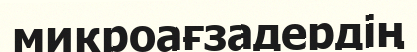
микроағзадердің